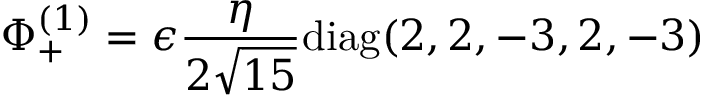
\Phi _ { + } ^ { ( 1 ) } = \epsilon { \frac { \eta } { 2 \sqrt { 1 5 } } } \mathrm { d i a g } ( 2 , 2 , - 3 , 2 , - 3 )